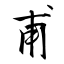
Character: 甫